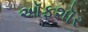
ઑફશૉર